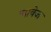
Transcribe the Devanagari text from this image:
चावेज